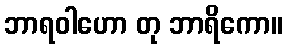
ဘာရဝါဟော တု ဘာရိကော။